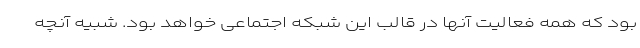
بود که همه فعالیت آنها در قالب این شبکه اجتماعی خواهد بود. شبیه آنچه